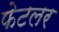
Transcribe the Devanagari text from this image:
फेटलर